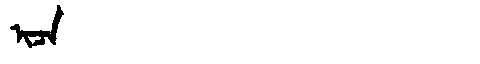
Manchu: ᡳᠴᠠ
Romanization: ICA